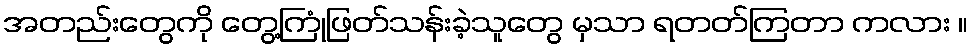
အတည်းတွေကို တွေ့ကြုံဖြတ်သန်းခဲ့သူတွေ မှသာ ရတတ်ကြတာ ကလား ။